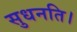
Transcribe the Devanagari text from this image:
सुधनति।